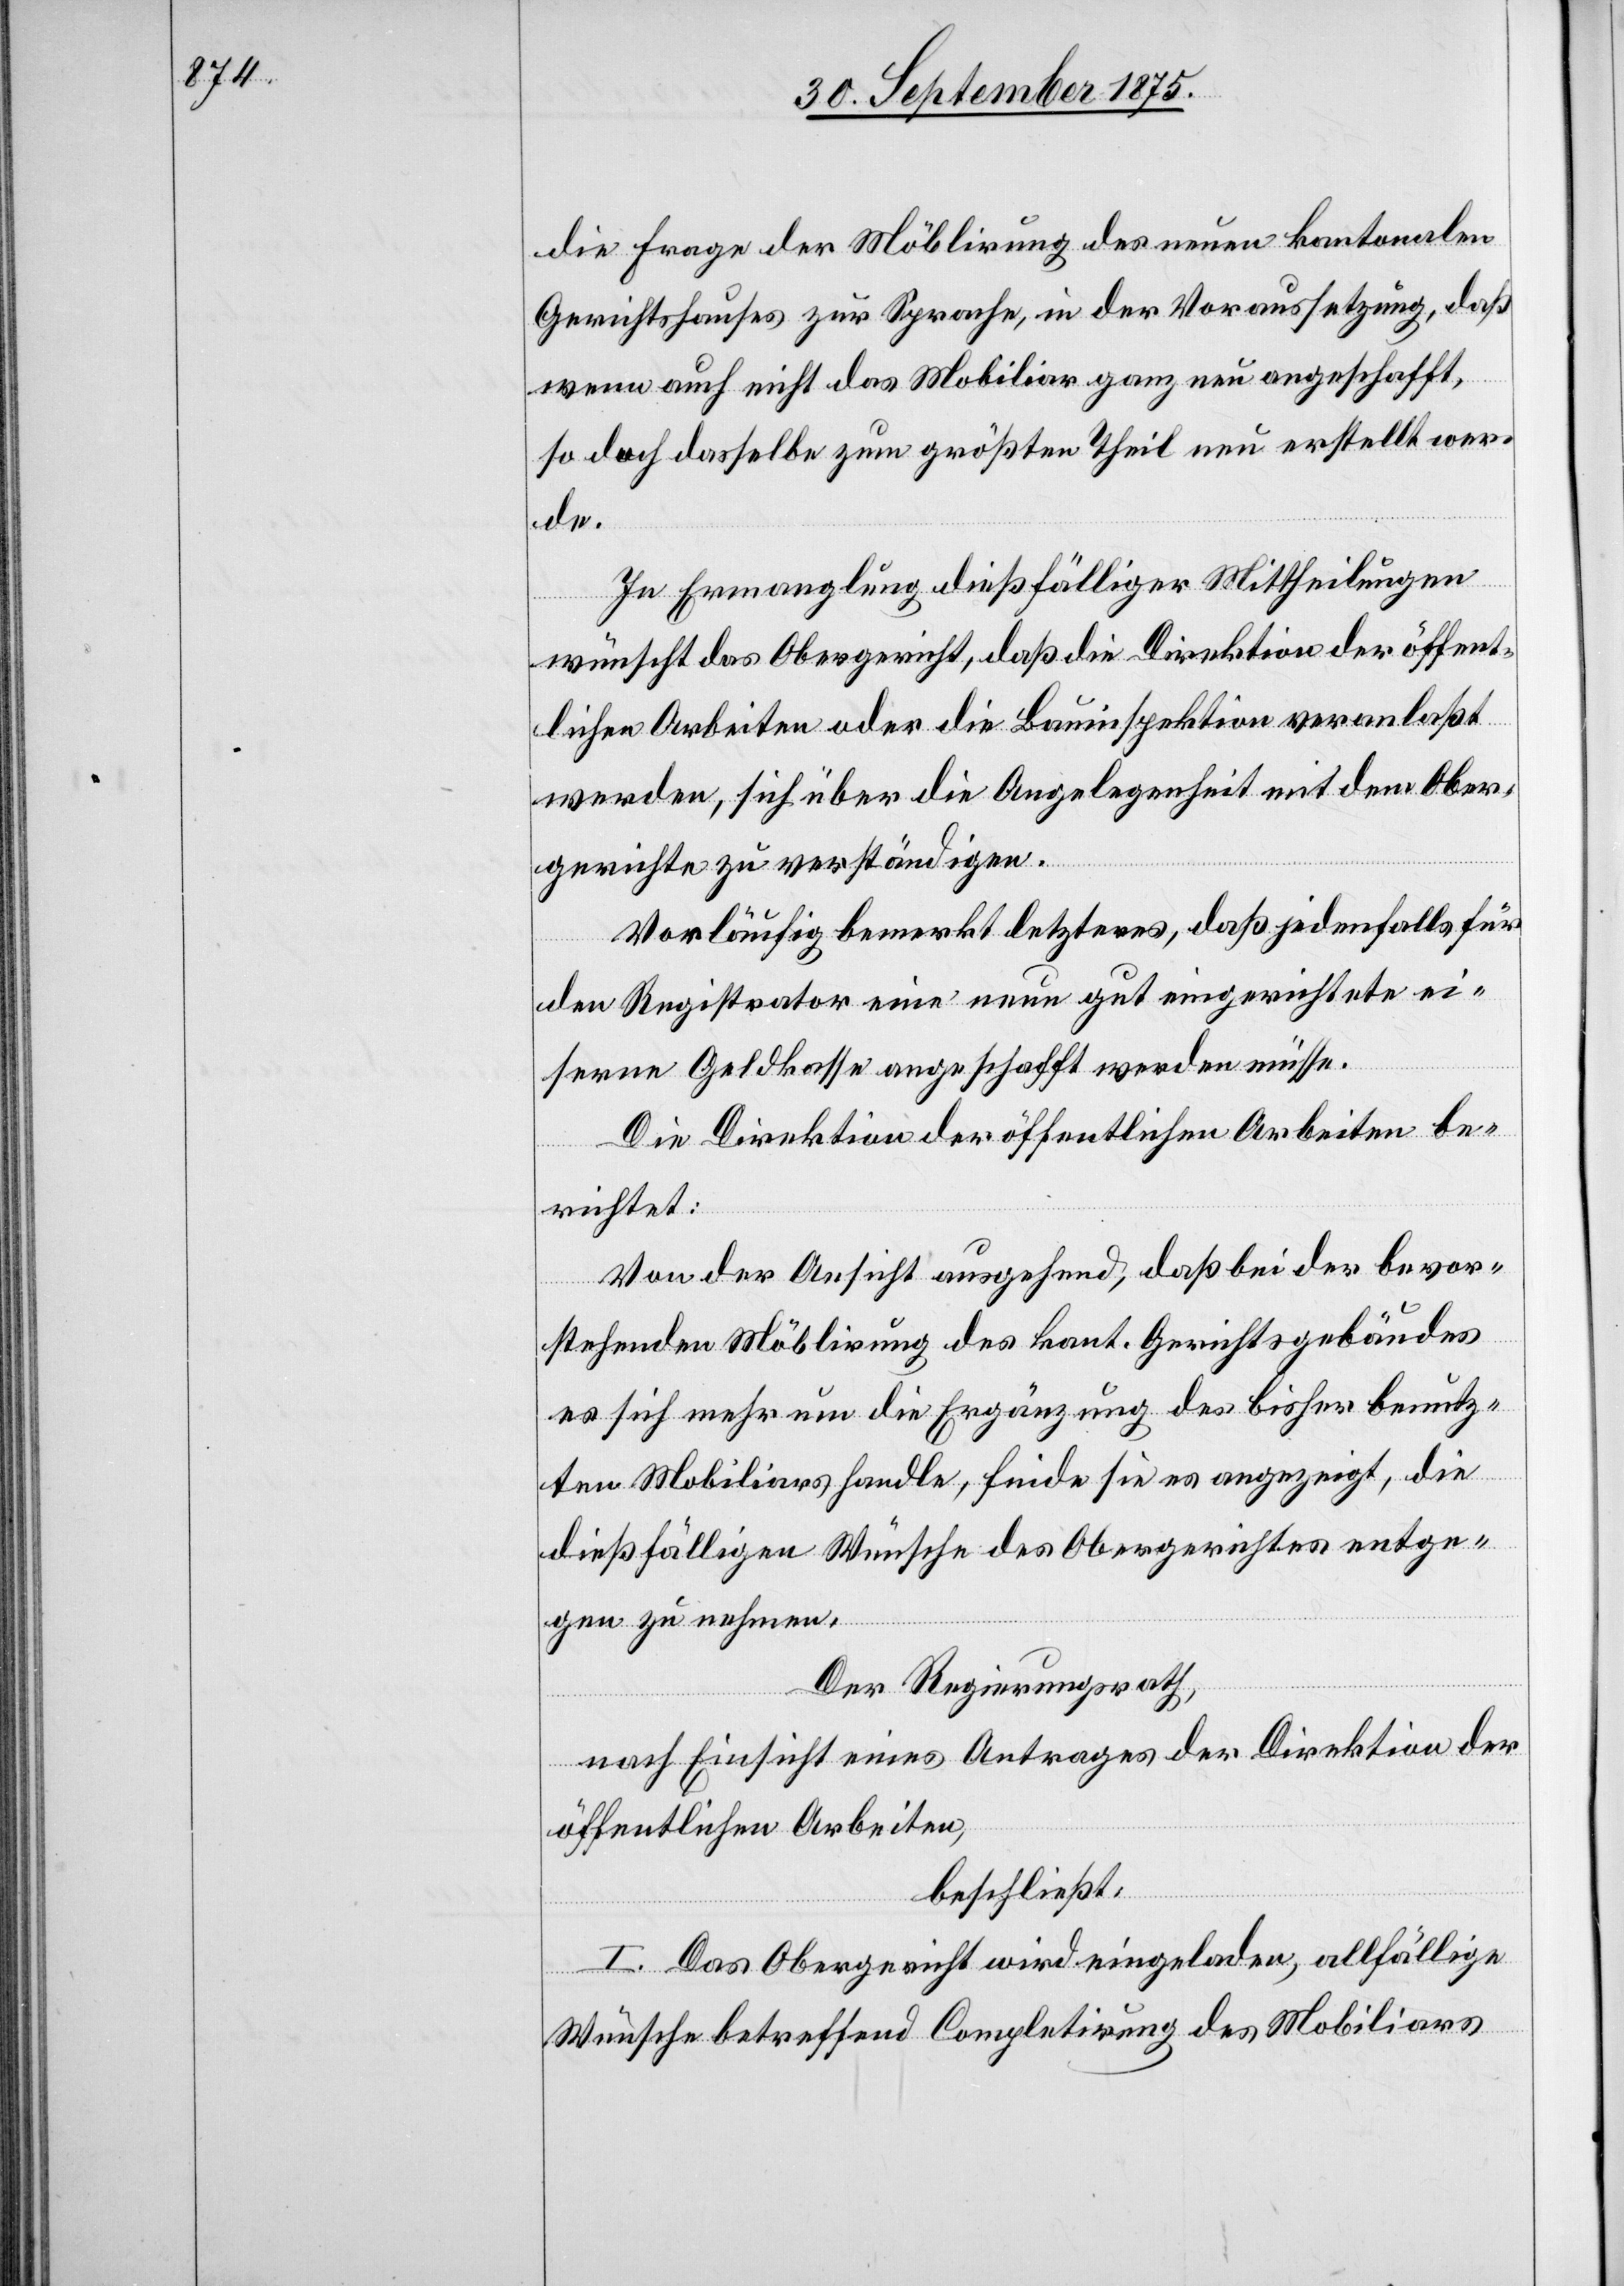
die Frage der Möblirung des neuen kantonalen
Gerichtshauses zur Sprache, in der Voraussetzung, daß
wenn auch nicht das Mobiliar ganz neu angeschafft,
so doch dasselbe zum größten Theil neu erstellt wer¬
de.
In Ermanglung dießfälliger Mittheilungen
wünscht das Obergericht, daß die Direktion der öffent¬
lichen Arbeiten oder die Bauinspektion veranlaßt
werden, sich über die Angelegenheit mit dem Ober¬
gerichte zu verständigen.
Vorläufig bemerkt letzteres, daß jedenfalls für
den Registrator eine neue gut eingerichtete ei¬
serne Geldkasse angeschafft werden müsse.
Die Direktion der öffentlichen Arbeiten be¬
richtet:
Von der Ansicht ausgehend, daß bei der bevor¬
stehenden Möblirung des kant. Gerichtsgebäudes
es sich mehr um die Ergänzung des bisher benutz¬
ten Mobiliars handle, finde sie es angezeigt, die
dießfälligen Wünsche des Obergerichtes entge¬
gen zu nehmen.
Der Regierungsrath,
nach Einsicht eines Antrages der Direktion der
öffentlichen Arbeiten,
beschließt:
I. Das Obergericht wird eingeladen, allfällige
Wünsche betreffend Completirung des Mobiliars